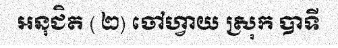
អនុជិត ( ២) ចៅហ្វាយ ស្រុក បាទី